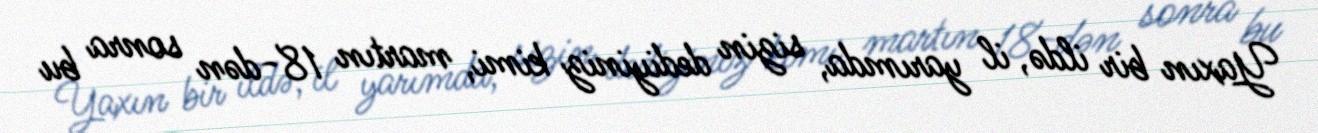
Yaxın bir ildə, il yarımda, sizin dediyiniz kimi, martın 18-dən sonra bu